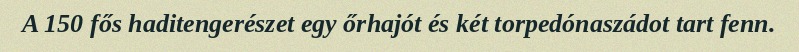
A 150 fős haditengerészet egy őrhajót és két torpedónaszádot tart fenn.